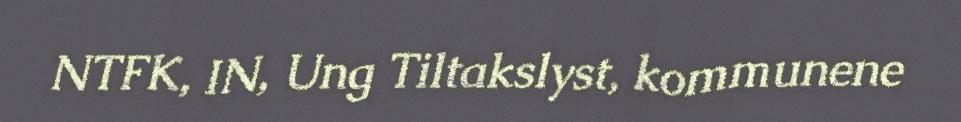
NTFK, IN, Ung Tiltakslyst, kommunene